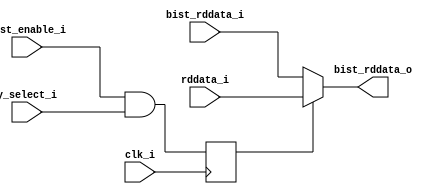
// Company           :   RacyICs GmbH                      
//                          
// Project Name      :   p_cc    
// Subproject Name   :   s_fpga    
// Description       :   <short description>            
//
// Last Change       :   $Date: 2015-10-12 12:47:52 +0200 (Mon, 12 Oct 2015) $
// by                :   $Author: glueck $                        
//------------------------------------------------------------

`timescale 1 ns / 1 ps

module data_forwarding
   (
   input  wire        clk_i,
   input  wire        bist_enable_i,
   input  wire        y_select_i,
   input  wire [39:0] rddata_i,
   input  wire [39:0] bist_rddata_i,
   output wire [39:0] bist_rddata_o
    );


   reg 		      use_own_data;

   always @(posedge clk_i) begin
      use_own_data <= (bist_enable_i == 1'b1) && y_select_i;
   end
   
   assign bist_rddata_o = (use_own_data)? rddata_i : bist_rddata_i;

endmodule //data_forwarding